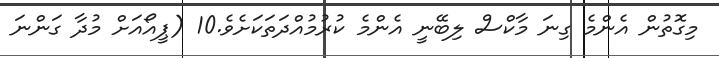
މިގޮތުން އެންމެ ގިނަ މާކްސް ލިބޭނީ އެންމެ ކުރުމުއްދަތަކަށެވެ.10 (ޕީއޯއަށް މުދާ ގަންނަ